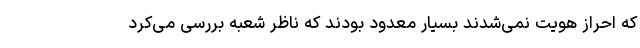
که احراز هویت نمی‌شدند بسیار معدود بودند که ناظر شعبه بررسی می‌کرد